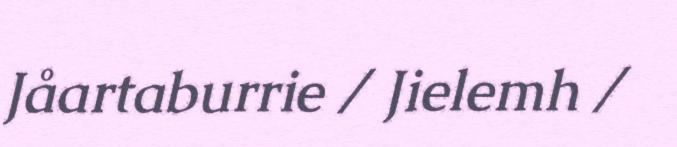
Jåartaburrie / Jielemh /